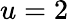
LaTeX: u=2